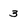
Character: 3